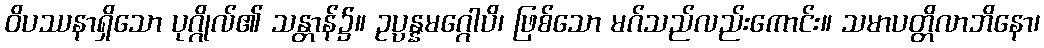
ဝိပဿနာရှိသော ပုဂ္ဂိုလ်၏ သန္တာန်၌။ ဥပ္ပန္နမဂ္ဂေါပိ၊ ဖြစ်သော မဂ်သည်လည်းကောင်း။ သမာပတ္တိလာဘိနော၊